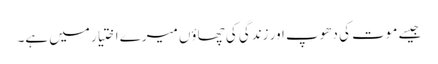
جیسے موت کی دھوپ اور زندگی کی چھاؤں میرے اختیار میں ہے۔